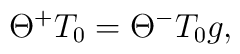
\Theta ^{+}T_{0}=\Theta ^{-}T_{0}g,